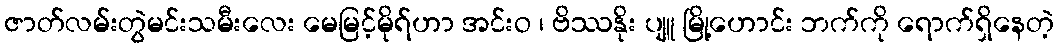
ဇာတ်လမ်းတွဲမင်းသမီးလေး မေမြင့်မိုရ်ဟာ အင်းဝ ၊ ဗိဿနိုး ပျူ မြို့ဟောင်း ဘက်ကို ရောက်ရှိနေတဲ့